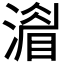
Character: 𣾨